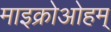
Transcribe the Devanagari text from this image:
माइक्रोओहम्‌